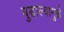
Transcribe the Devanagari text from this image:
बुडाल्यामुळे